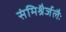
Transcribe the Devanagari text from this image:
संमिश्रैर्जलैः